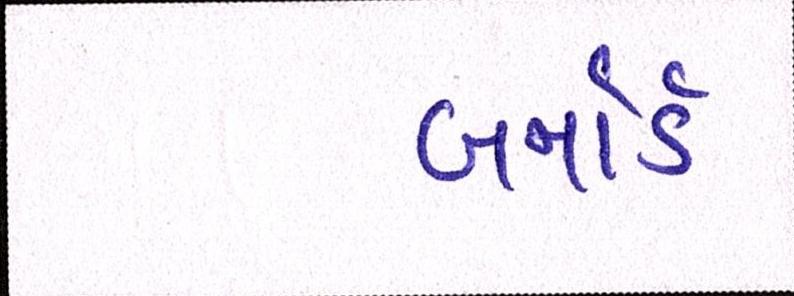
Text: બર્નાર્ડ